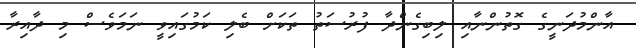
އާންމުދަނީގެ ގޮތުންނާއި ލިބިގެންދާ ފުރުސަތު ތަކަށް ބެލި ކަމުގައިވީ ނަމަވެސް މި ދާއިރާ